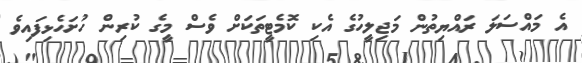
އެ މައްސަލަ ރައްޔިތުން މަޖިލީހުގެ އެކި ކޮމެޓީތަކަށް ވެސް މީގެ ކުރިން ހުށަހެޅިފައިވެ